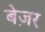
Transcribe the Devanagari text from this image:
बेज़र